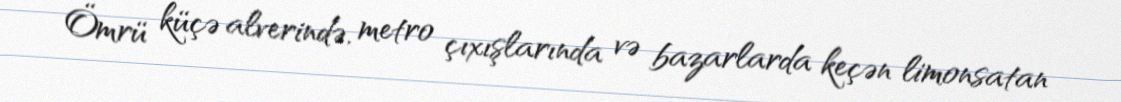
Ömrü küçə alverində, metro çıxışlarında və bazarlarda keçən limonsatan